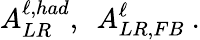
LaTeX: A_{LR}^{\ell,had},\ \ A_{LR,FB}^{\ell}\ .